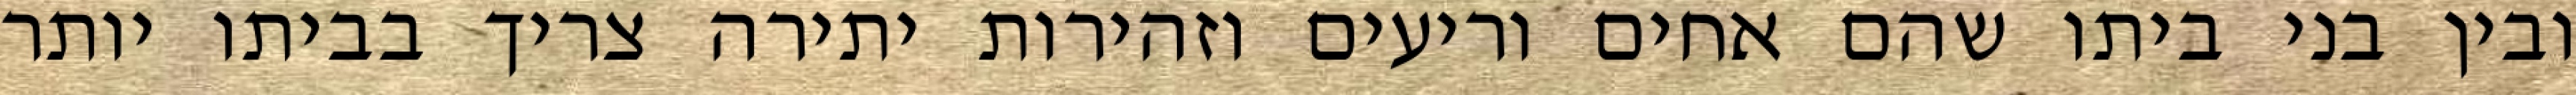
ובין בני ביתו שהם אחים וריעים וזהירות יתירה צריך בביתו יותר